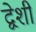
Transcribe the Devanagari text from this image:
द्वेशी